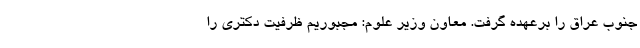
جنوب عراق را برعهده گرفت. معاون وزیر علوم: مجبوریم ظرفیت دکتری را